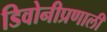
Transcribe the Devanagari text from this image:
डिवोनीप्रणाली